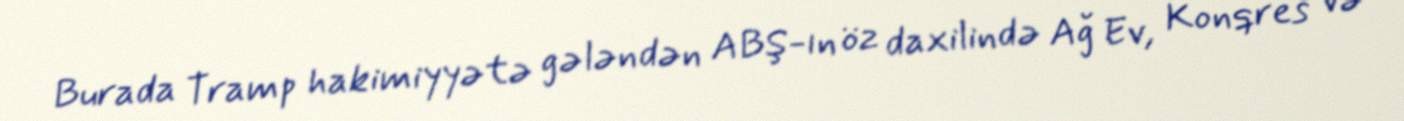
Burada Tramp hakimiyyətə gələndən ABŞ-ın öz daxilində Ağ Ev, Konqres və